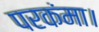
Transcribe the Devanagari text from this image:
परकंमा।